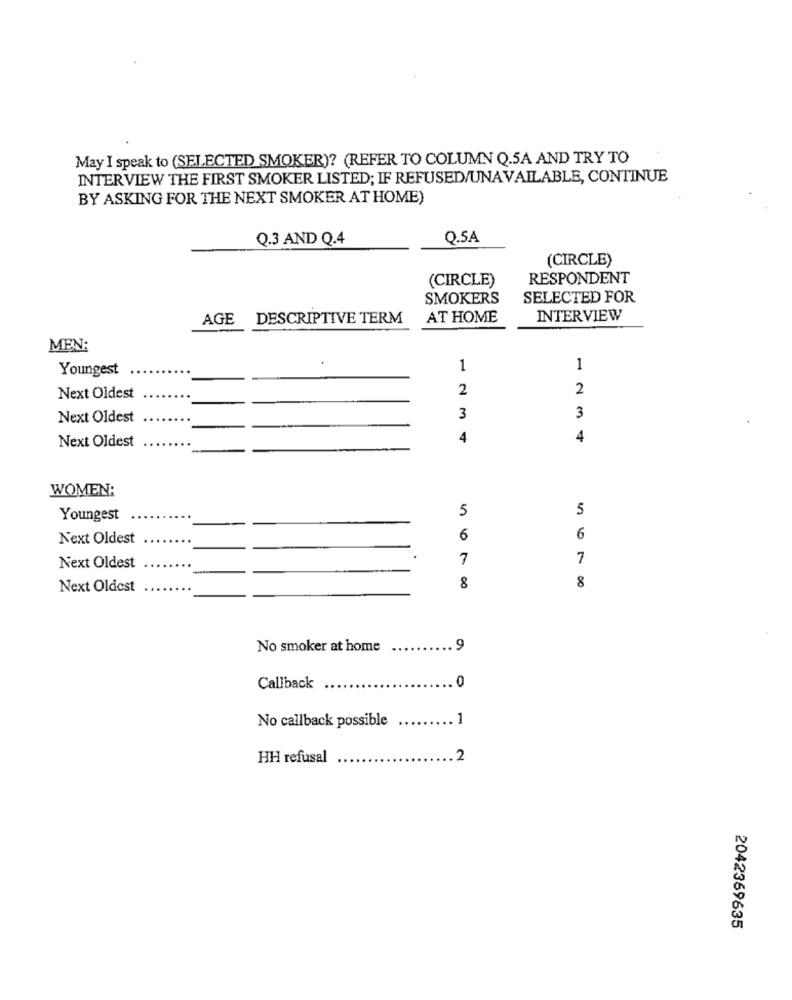
May I speak to (SELECTED SMOKER)? (REFER TO COLUMN Q.5A AND TRY TO
INTERVIEW THE FIRST SMOKER LISTED; IF REFUSED/UNAVAILABLE, CONTINUE
BY ASKING FOR THE NEXT SMOKER AT HOME)
Q.3 AND Q.4
Q.SA
(CIRCLE)
(CIRCLE)
RESPONDENT
SMOKERS
SELECTED FOR
AGE
DESCRIPTIVE TERM
AT HOME
INTERVIEW
MEN:
Youngest
1
1
2
2
Next Oldest
3
Next Oldest
3
Next Oldest
4
4
WOMEN:
5
5
Youngest
Next Oldest
6
6
7
7
Next Oldest
8
Next Oldest
8
No smoker at home
9
Callback
0
1
No callback possible
HH refusal
2
2042369635